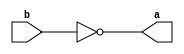
module not_gate(a,b);
input b;
output a;
reg a;
always @(b)
a = !b;
endmodule